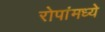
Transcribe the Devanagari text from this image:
रोपांमध्ये